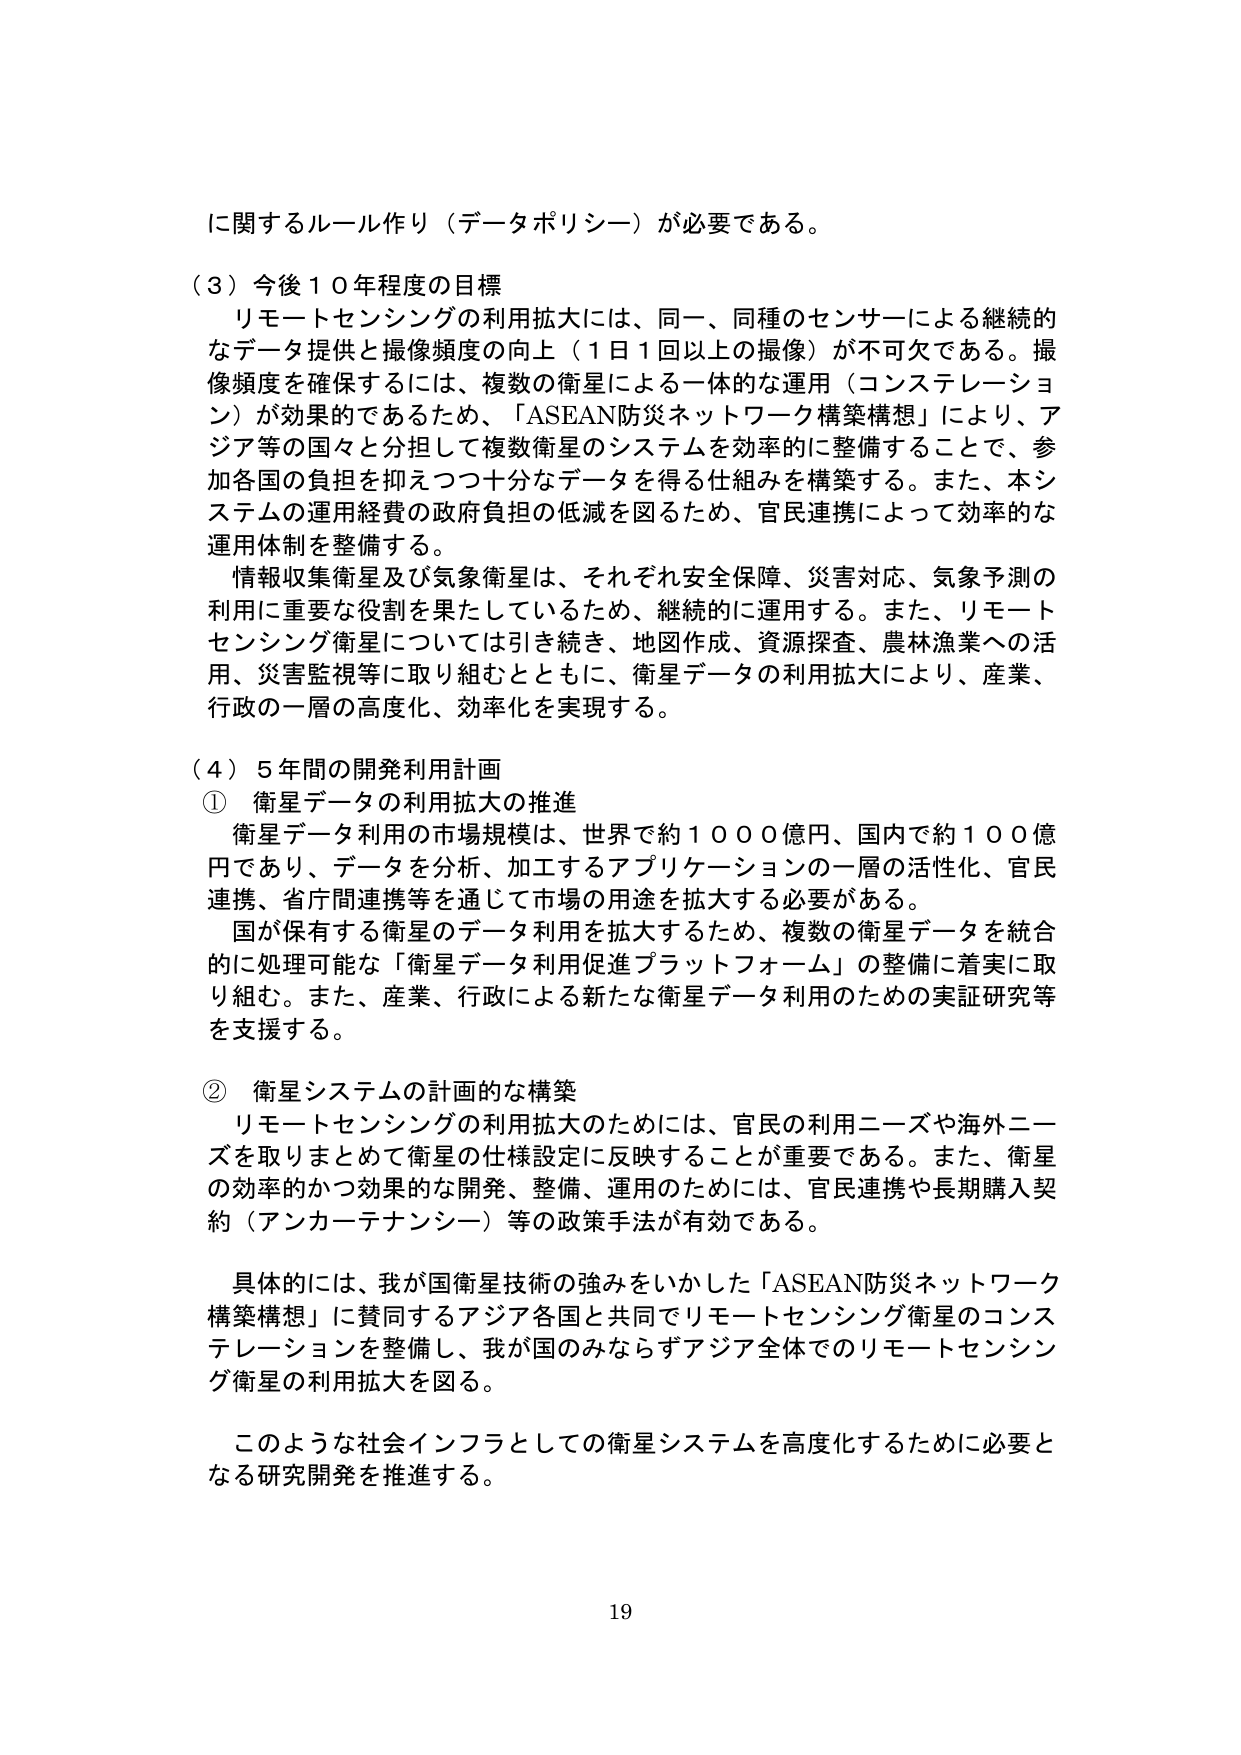
に関するルール作り（データポリシー）が必要である。

（３）今後１０年程度の目標
リモートセンシングの利用拡大には、同一、同種のセンサーによる継続的なデータ提供と撮像頻度の向上（１日１回以上の撮像）が不可欠である。撮像頻度を確保するには、複数の衛星による一体的な運用（コンステレーション）が効果的であるため、「ASEAN防災ネットワーク構築構想」により、アジア等の国々と分担して複数衛星のシステムを効率的に整備することで、参加各国の負担を抑えつつ十分なデータを得る仕組みを構築する。また、本システムの運用経費の政府負担の低減を図るため、官民連携によって効率的な運用体制を整備する。
情報収集衛星及び気象衛星は、それぞれ安全保障、災害対応、気象予測の利用に重要な役割を果たしているため、継続的に運用する。また、リモートセンシング衛星については引き続き、地図作成、資源探査、農林漁業への活用、災害監視等に取り組むとともに、衛星データの利用拡大により、産業、行政の一層の高度化、効率化を実現する。

（４）５年間の開発利用計画
① 衛星データの利用拡大の推進
衛星データ利用の市場規模は、世界で約１０００億円、国内で約１００億円であり、データを分析、加工するアプリケーションの一層の活性化、官民連携、省庁間連携等を通じて市場の用途を拡大する必要がある。
国が保有する衛星のデータ利用を拡大するため、複数の衛星データを統合的に処理可能な「衛星データ利用促進プラットフォーム」の整備に着実に取り組む。また、産業、行政による新たな衛星データ利用のための実証研究等を支援する。

② 衛星システムの計画的な構築
リモートセンシングの利用拡大のためには、官民の利用ニーズや海外ニーズを取りまとめて衛星の仕様設定に反映することが重要である。また、衛星の効率的かつ効果的な開発、整備、運用のためには、官民連携や長期購入契約（アンカーテナンシー）等の政策手法が有効である。
具体的には、我が国衛星技術の強みをいかした「ASEAN防災ネットワーク構築構想」に賛同するアジア各国と共同でリモートセンシング衛星のコンステレーションを整備し、我が国のみならずアジア全体でのリモートセンシング衛星の利用拡大を図る。
このような社会インフラとしての衛星システムを高度化するために必要となる研究開発を推進する。

19